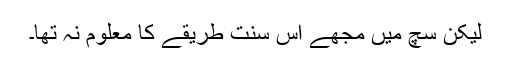
لیکن سچ میں مجھے اس سنت طریقے کا معلوم نہ تھا۔